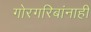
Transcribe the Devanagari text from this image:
गोरगरिबांनाही